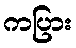
ကပြား